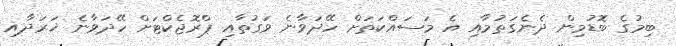
ބިމުގެ ބޮޑުމިން ދެނެގަތުމާއި އެ މަސައްކަތަށް ހޭދަވާނެ ވަގުތާއި ޕްރޮޖެކްޓަށް ހޭދަވާނެ ޚަރަދާއި